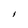
Character: I